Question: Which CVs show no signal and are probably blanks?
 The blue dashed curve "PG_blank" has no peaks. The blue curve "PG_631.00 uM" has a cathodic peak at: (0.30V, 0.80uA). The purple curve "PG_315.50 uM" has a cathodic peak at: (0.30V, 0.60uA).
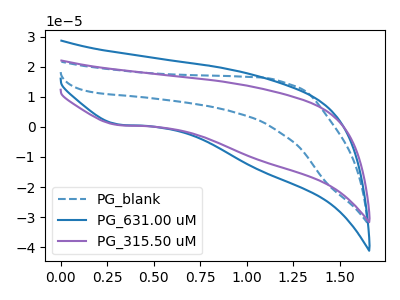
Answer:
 <answer>"PG_blank" is likely to be a blank.</answer>
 <eval>PG_blank</eval>